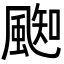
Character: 𩗨